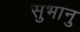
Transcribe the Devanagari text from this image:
सुभानु